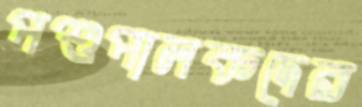
পশুপালকদের